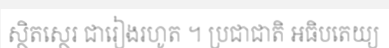
ស្ថិតស្ថេរ ជារៀងរហូត ។ ប្រជាជាតិ អធិបតេយ្យ